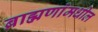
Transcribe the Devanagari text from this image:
ब्राह्मणांमधील